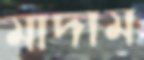
মাদাম